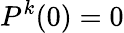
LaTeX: P^{k}(0)=0